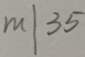
m \vert 3 5